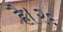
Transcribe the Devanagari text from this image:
है।२६